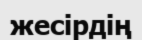
жесірдің